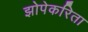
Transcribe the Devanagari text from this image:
झोपेकरिता